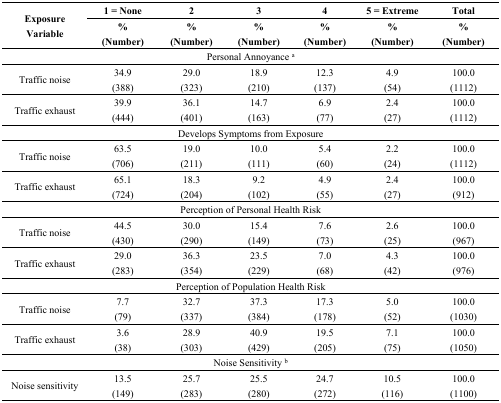
<table><thead><tr><td rowspan="2"><b>Exposure Variable</b></td><td><b>1 = None</b></td><td><b>2</b></td><td><b>3</b></td><td><b>4</b></td><td><b>5 = Extreme</b></td><td><b>Total</b></td></tr><tr><td><b>% (Number)</b></td><td><b>% (Number)</b></td><td><b>% (Number)</b></td><td><b>% (Number)</b></td><td><b>% (Number)</b></td><td><b>% (Number)</b></td></tr></thead><tbody><tr><td colspan="7">Personal Annoyance <sup>a</sup></td></tr><tr><td>Traffic noise</td><td>34.9 (388)</td><td>29.0 (323)</td><td>18.9 (210)</td><td>12.3 (137)</td><td>4.9 (54)</td><td>100.0 (1112)</td></tr><tr><td>Traffic exhaust</td><td>39.9 (444)</td><td>36.1 (401)</td><td>14.7 (163)</td><td>6.9 (77)</td><td>2.4 (27)</td><td>100.0 (1112)</td></tr><tr><td colspan="7">Develops Symptoms from Exposure</td></tr><tr><td>Traffic noise</td><td>63.5 (706)</td><td>19.0 (211)</td><td>10.0 (111)</td><td>5.4 (60)</td><td>2.2 (24)</td><td>100.0 (1112)</td></tr><tr><td>Traffic exhaust</td><td>65.1 (724)</td><td>18.3 (204)</td><td>9.2 (102)</td><td>4.9 (55)</td><td>2.4 (27)</td><td>100.0 (912)</td></tr><tr><td colspan="7">Perception of Personal Health Risk</td></tr><tr><td>Traffic noise</td><td>44.5 (430)</td><td>30.0 (290)</td><td>15.4 (149)</td><td>7.6 (73)</td><td>2.6 (25)</td><td>100.0 (967)</td></tr><tr><td>Traffic exhaust</td><td>29.0 (283)</td><td>36.3 (354)</td><td>23.5 (229)</td><td>7.0 (68)</td><td>4.3 (42)</td><td>100.0 (976)</td></tr><tr><td colspan="7">Perception of Population Health Risk</td></tr><tr><td>Traffic noise</td><td>7.7 (79)</td><td>32.7 (337)</td><td>37.3 (384)</td><td>17.3 (178)</td><td>5.0 (52)</td><td>100.0 (1030)</td></tr><tr><td>Traffic exhaust</td><td>3.6 (38)</td><td>28.9 (303)</td><td>40.9 (429)</td><td>19.5 (205)</td><td>7.1 (75)</td><td>100.0 (1050)</td></tr><tr><td colspan="7">Noise Sensitivity <sup>b</sup></td></tr><tr><td>Noise sensitivity</td><td>13.5 (149)</td><td>25.7 (283)</td><td>25.5 (280)</td><td>24.7 (272)</td><td>10.5 (116)</td><td>100.0 (1100)</td></tr></tbody></table>